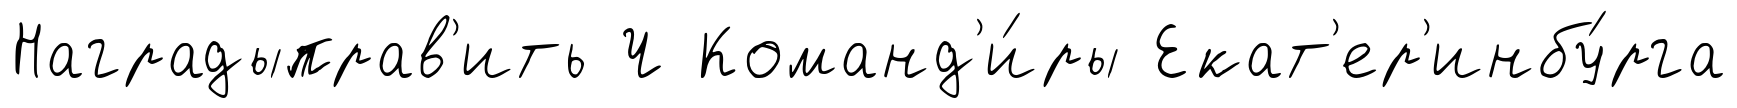
Наградыправ'ить Ч Команд'и́ры Екат'ер'инбу́рга